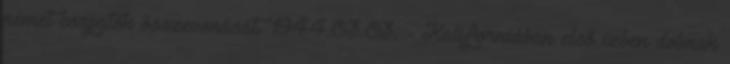
német csapatok összevonását. 1944.03.03. - Kaliforniában elsõ ízben dobnak